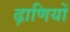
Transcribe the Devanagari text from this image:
ढ़ाणियों